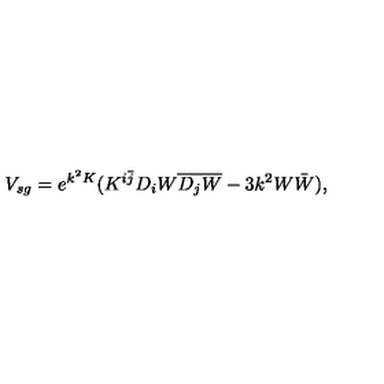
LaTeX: V _ { s g } = e ^ { k ^ { 2 } K } ( K ^ { i \bar { j } } D _ { i } W \overline { { D _ { j } W } } - 3 k ^ { 2 } W \bar { W } ) ,